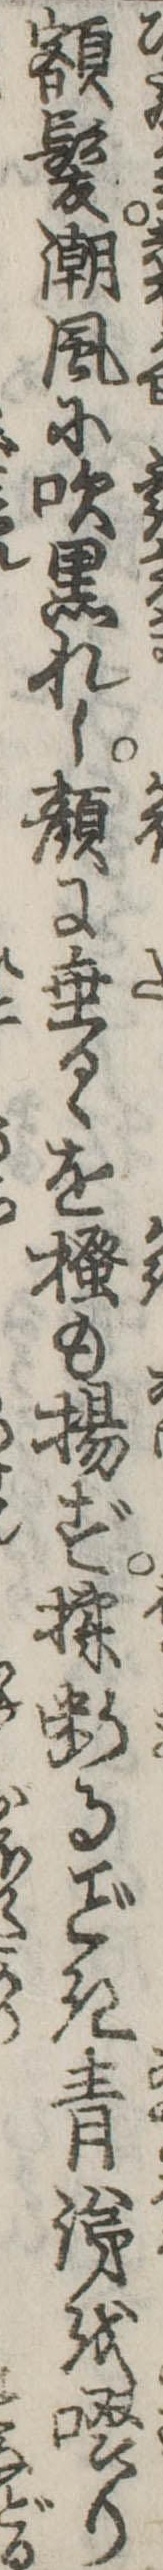
額髪潮風に吹黒れし顔に垂るゝを掻も揚ず揉断るき青涕を啜り